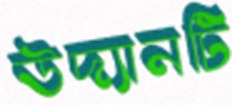
উদ্যানটি